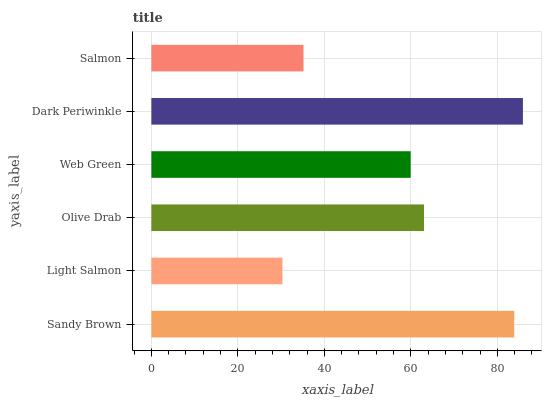
| yaxis_label | bars |
 | --- | --- |
 | Sandy Brown | 83.9 |
 | Light Salmon | 30.3 |
 | Olive Drab | 63 |
 | Web Green | 60 |
 | Dark Periwinkle | 85.9 |
 | Salmon | 35.2 |